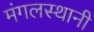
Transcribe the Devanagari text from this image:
मंगलस्थानी